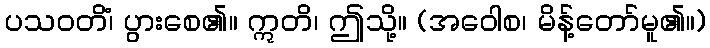
ပသဝတိံ၊ ပွားစေ၏။ ဣတိ၊ ဤသို့။ (အဝေါစ၊ မိန့်တော်မူ၏။)